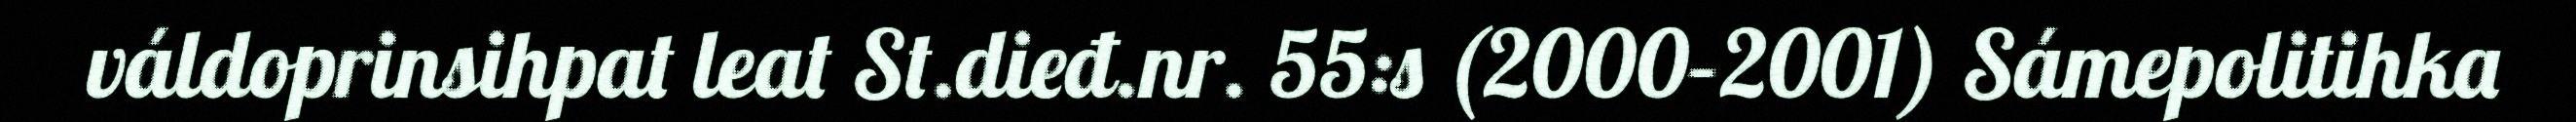
váldoprinsihpat leat St.dieđ.nr. 55:s (2000–2001) Sámepolitihka